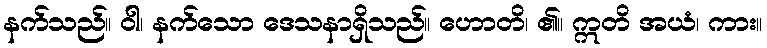
နက်သည်။ ဝါ၊ နက်သော ဒေသနာရှိသည်။ ဟောတိ၊ ၏။ ဣတိ အယံ၊ ကား။